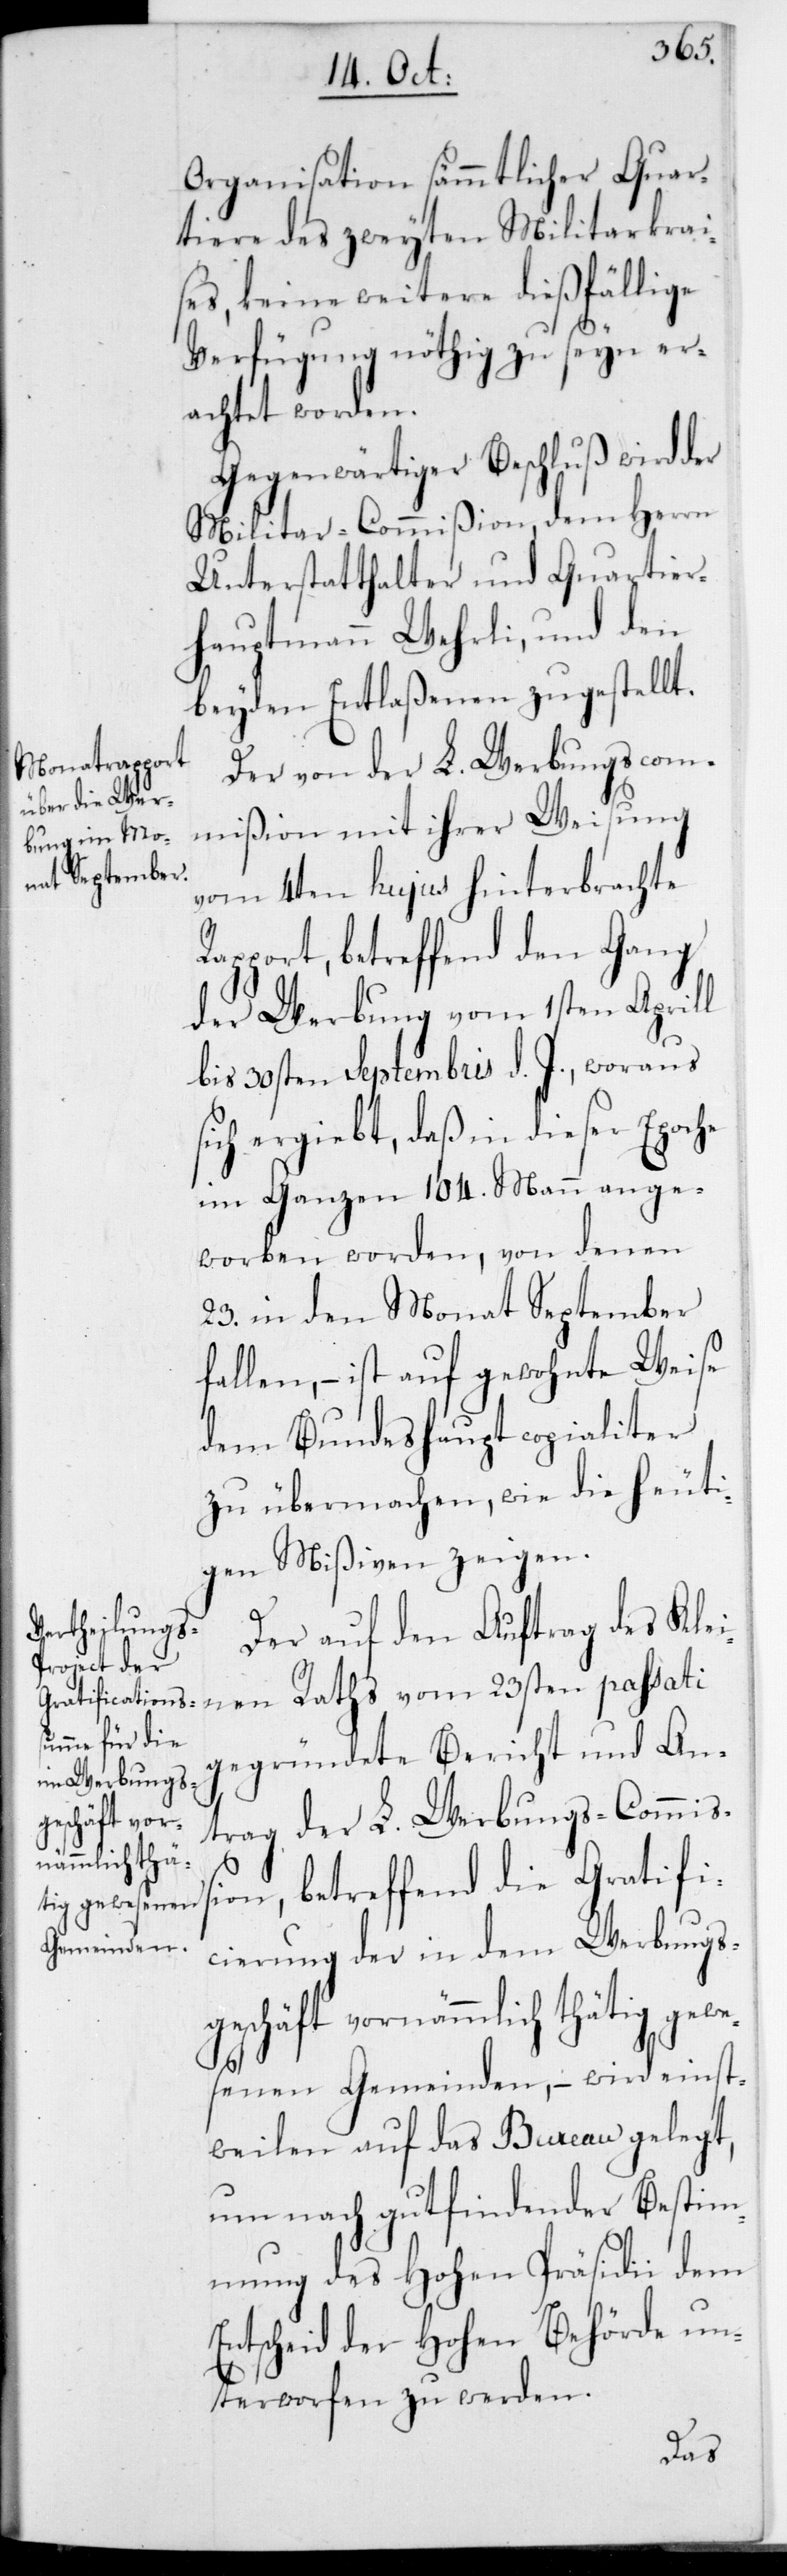
Organisation sämmtlicher Quar¬
tiere des zweyten Militarkrai¬
ses, keine weitere dießfällige
Verfügung nöthig zu seyn er¬
achtet worden.
Gegenwärtiger Beschluß wird der
Militar-Commißion, dem Herrn
Unterstatthalter und Quartier¬
hauptmann Wehrli, und den
beyden Entlaßenen zugestellt.
Der von der L. Werbungscom¬
mißion mit ihrer Weisung
vom 4ten hujus hinterbrachte
Rapport, betreffend den Gang
der Werbung vom 1sten Aprill
bis 30sten Septembris d. J., woraus
sich ergiebt, daß in dieser Epoche
im Ganzen 104 Mann ange¬
worben worden, von denen
23 in den Monat September
fallen, – ist auf gewohnte Weise
dem Bundeshaupt copialiter
zu übermachen, wie die heuti¬
gen Mißiven zeigen.
Der auf den Auftrag des Klei¬
nen Raths vom 23sten passati
gegründete Bericht und An¬
trag der L. Werbungs-Commiß¬
ion, betreffend die Gratifi¬
cierung der in dem Werbungs¬
geschäft vornämmlich thätig gewe¬
senen Gemeinden, – wird einst¬
weilen auf das Bureau gelegt,
um nach gut findender Bestim¬
mung des Hohen Präsidii dem
Entscheid der Hohen Behörde un¬
terworfen zu werden.